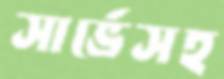
সার্ভেসহ